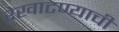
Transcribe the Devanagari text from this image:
रेखाटण्याची